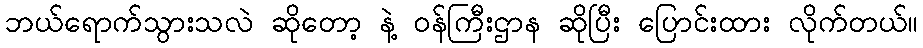
ဘယ်ရောက်သွားသလဲ ဆိုတော့ နဲ့ ဝန်ကြီးဌာန ဆိုပြီး ပြောင်းထား လိုက်တယ်။